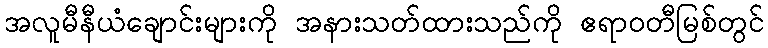
အလူမီနီယံချောင်းများကို အနားသတ်ထားသည်ကို ဧရာဝတီမြစ်တွင်